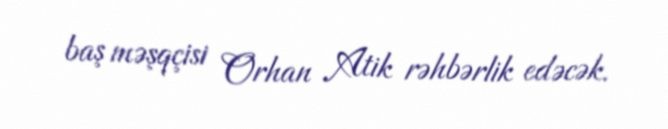
baş məşqçisi Orhan Atik rəhbərlik edəcək.